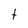
Character: t